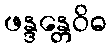
ဖန္ဒန္တေဝိဓ